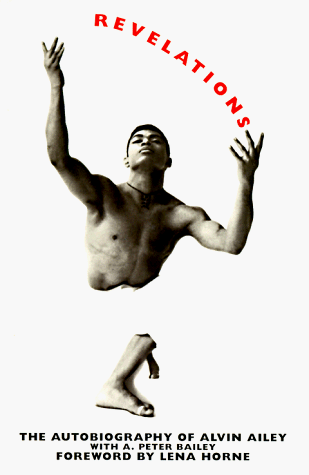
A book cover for Revelations: The Autobiography of Alvin Ailey; Alvin Ailey; Biographies & Memoirs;